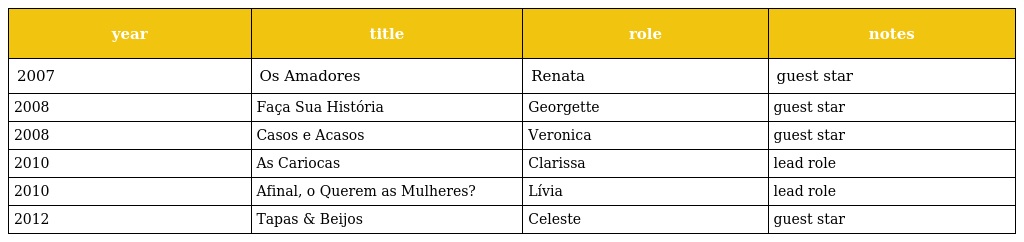
| year | title | role | notes |
 | --- | --- | --- | --- |
 | 2007 | Os Amadores | Renata | guest star |
 | 2008 | Faça Sua História | Georgette | guest star |
 | 2008 | Casos e Acasos | Veronica | guest star |
 | 2010 | As Cariocas | Clarissa | lead role |
 | 2010 | Afinal, o Querem as Mulheres? | Lívia | lead role |
 | 2012 | Tapas & Beijos | Celeste | guest star |